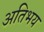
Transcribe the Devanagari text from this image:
अतिभय